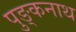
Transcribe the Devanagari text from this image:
पुङ्कनाथ